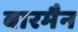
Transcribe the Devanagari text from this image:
बारमैन